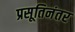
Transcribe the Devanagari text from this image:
प्रसूतिनंतर